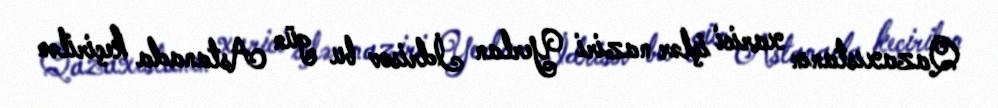
Qazaxıstanın xarici işlər naziri Yerlan İdrisov bu gün Astanada keçirilən